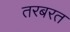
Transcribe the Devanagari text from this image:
तरबरत